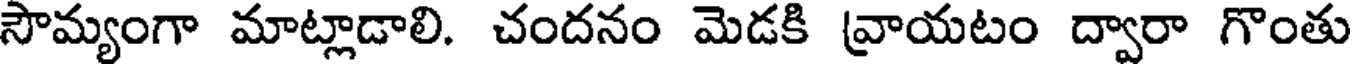
సౌమ్యంగా మాట్లాడాలి. చందనం మెడకి వ్రాయటం ద్వారా గొంతు